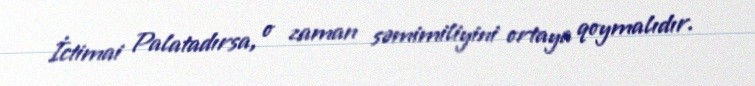
İctimai Palatadırsa, o zaman səmimiliyini ortaya qoymalıdır.